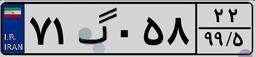
۷۱گ۰۵۸۲۲